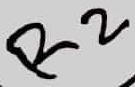
Text: R2